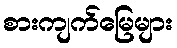
စားကျက်မြေများ